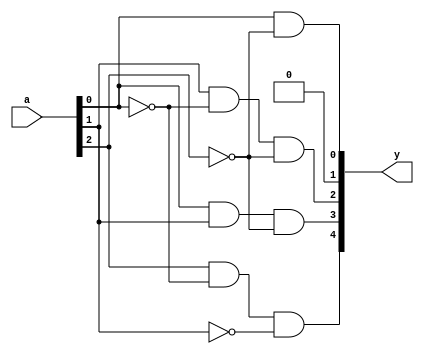
`timescale 1ns / 1ps
//////////////////////////////////////////////////////////////////////////////////
// Student: Tawseef Patel 101145333
// 
// Design Name: Assigment 2 Q3
// Module Name: a_squared
// Project Name: Assignment 2
//
//////////////////////////////////////////////////////////////////////////////////

module a_squared (
    input [2:0] a,
    output [4:0] y
);

assign y[0] = a[0] & !a[2];
assign y[1] = 0;
assign y[2] = a[1] & !a[0] & !a[2];
assign y[3] = a[0] & a[1] & !a[2];
assign y[4] = a[2] & !a[0] & !a[1];

endmodule